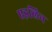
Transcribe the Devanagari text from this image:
एइलिन